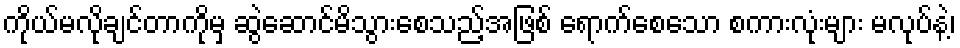
ကိုယ်မလိုချင်တာကိုမှ ဆွဲဆောင်မိသွားစေသည့်အဖြစ် ရောက်စေသော စကားလုံးများ မလုပ်နဲ့၊